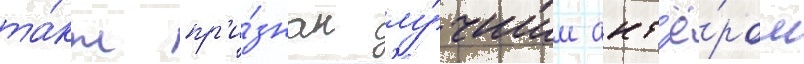
та́кж пр'и́знан лу́чшим акт'ё́ром